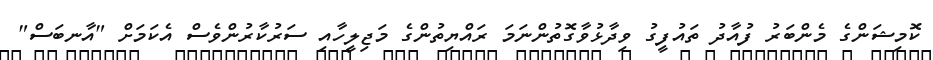
ކޮމިޝަންގެ މެންބަރު ފުއާދު ތައުފީގު ވިދާޅުވާގޮތުންނަމަ ރައްޔިތުންގެ މަޖިލީހާއި ސަރުކާރުންވެސް އެކަމަށް "އާނބަސް"